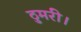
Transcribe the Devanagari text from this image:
ठुमरी।